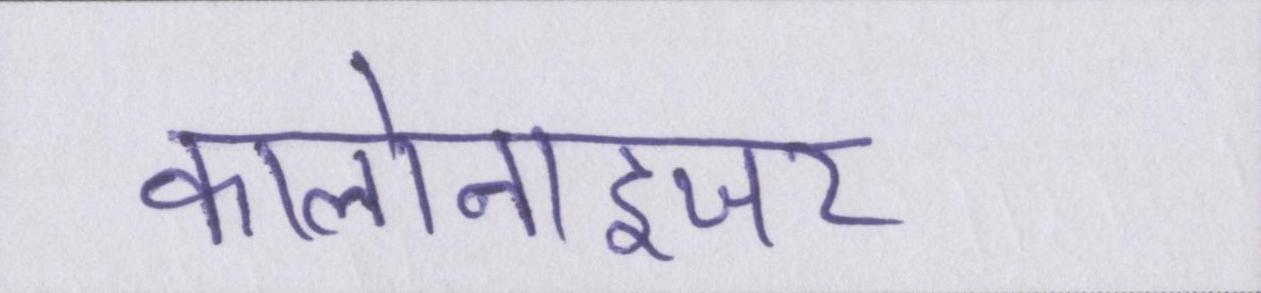
कालोनाइजर